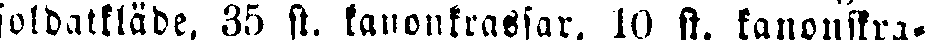
soldatkläde, 35 st. kanonkrassar, 10 st. kanonskra-